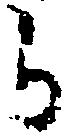
ら